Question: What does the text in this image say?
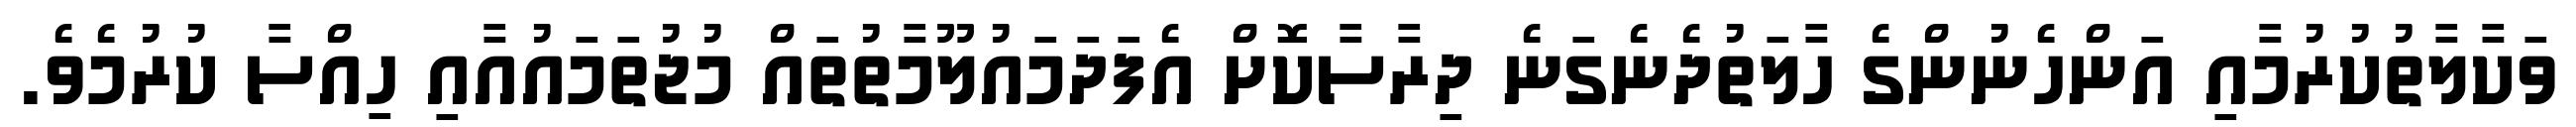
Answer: ވަކާލާތުކުރުމާއި އަންހެނުންގެ ހާލަތުދެނެގަނެ ދިރާސާކޮށް އެފަދަމައުލޫމާތުތައް މުޖުތަމައުއާއި ހިއްސާ ކުރުމެވެ.